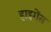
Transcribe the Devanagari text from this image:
हाइगेंस